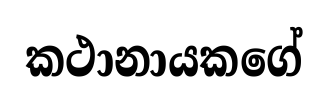
කථානායකගේ